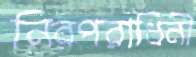
নিরপরাধিনী